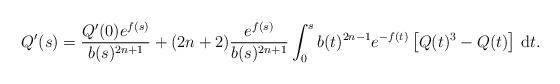
LaTeX: \begin{align*}Q'(s) = \frac{Q'(0)e^{f(s)}}{b(s)^{2n+1}} + (2n+2)\frac{e^{f(s)}}{b(s)^{2n+1}}\int_{0}^s b(t)^{2n-1}e^{-f(t)}\left[Q(t)^3-Q(t)\right]\,\mathrm{d}t.\end{align*}